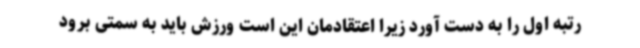
رتبه اول را به دست آورد زیرا اعتقادمان این است ورزش باید به سمتی برود